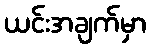
ယင်းအချက်မှာ